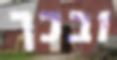
ובכך